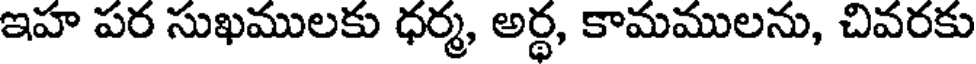
ఇహ పర సుఖములకు ధర్మ, అర్ధ, కామములను, చివరకు